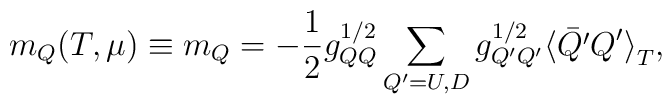
m_Q(T, \mu)\equiv m_Q=-\frac{1}{2}g^{1/2}_{QQ}\sum_{Q'=U,D}g^{1/2}_{Q'Q'}                      {\langle\bar{Q'}Q'\rangle}_T ,